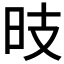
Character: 𱡺